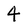
Character: 4